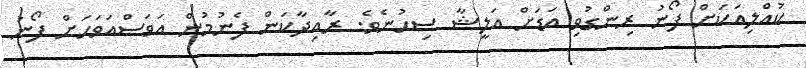
ކުއްލިއަކަށް ފޯނު ރިންގުވި އަޑަށް އަލީޝާ ސިހުނެވެ. ރާއިދާކަން ފެނުމުން އަވަސްއަވަހަށް ފޯނު